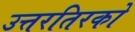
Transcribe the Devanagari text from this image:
उत्तरतिरको